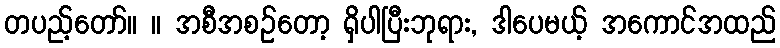
တပည့်တော်။ ။ အစီအစဉ်တော့ ရှိပါပြီးဘုရား, ဒါပေမယ့် အကောင်အထည်